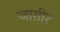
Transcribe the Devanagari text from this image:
जाग़ीर